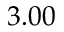
3 . 0 0